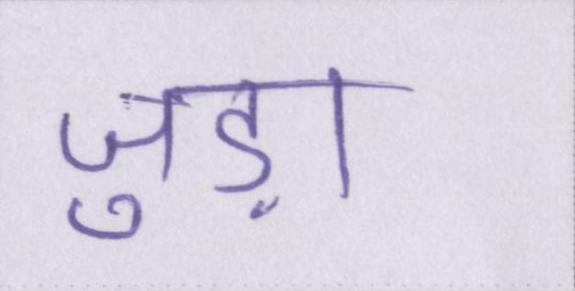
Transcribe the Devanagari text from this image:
जुड़ा